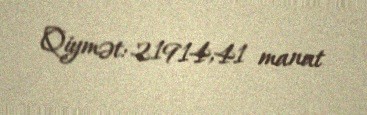
Qiymət: 21914,41 manat